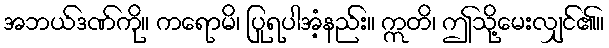
အဘယ်ဒဏ်ကို။ ကရောမိ၊ ပြုရပါအံ့နည်း။ ဣတိ၊ ဤသို့မေးလျှင်၏။